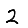
Digit: 2